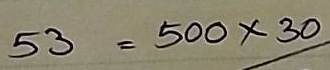
53 = 500 x 30